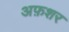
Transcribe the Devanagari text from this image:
अफ़शर